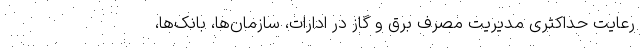
رعایت حداکثری مدیریت مصرف برق و گاز در ادارات، سازمان‌ها، بانک‌ها،